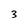
Character: 3